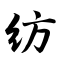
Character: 纺